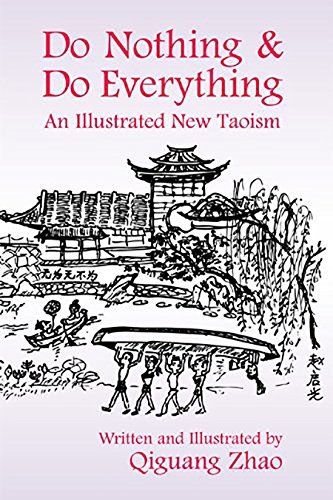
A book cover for Do Nothing and Do Everything: An Illustrated New Taoism; Qiguang Zhao; Religion & Spirituality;